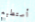
أستطيع